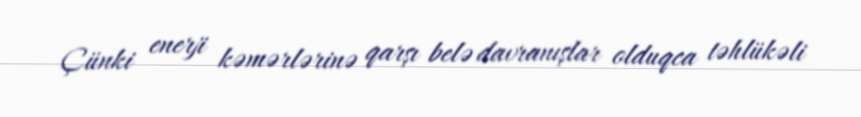
Çünki enerji kəmərlərinə qarşı belə davranışlar olduqca təhlükəli